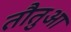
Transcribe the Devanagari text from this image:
तौतुआ